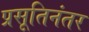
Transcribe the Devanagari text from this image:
प्रसूतिनंतर